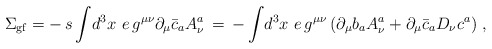
\begin{align*}\Sigma_{{\rm gf}} = -\,s\,\displaystyle{\int} d^3x\,\,e\,g^{\mu\nu}\partial_\mu \bar{c}_a A_\nu^a \,=\, -\, \displaystyle{\int} d^3x\,\,e\,g^{\mu\nu}\left( \partial_\mu b_a A_\nu^a + \partial_\mu \bar{c}_a D_\nu c^a \right)\,, \end{align*}